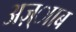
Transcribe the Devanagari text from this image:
अज़्ााब